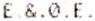
E.&.0.E.